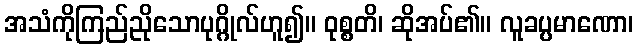
အသံကိုကြည်ညိုသောပုဂ္ဂိုလ်ဟူ၍။ ဝုစ္စတိ၊ ဆိုအပ်၏။ လူခပ္ပမာဏော၊